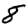
Digit: 8